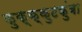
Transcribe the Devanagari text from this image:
कुक्क्कुटकुंबा